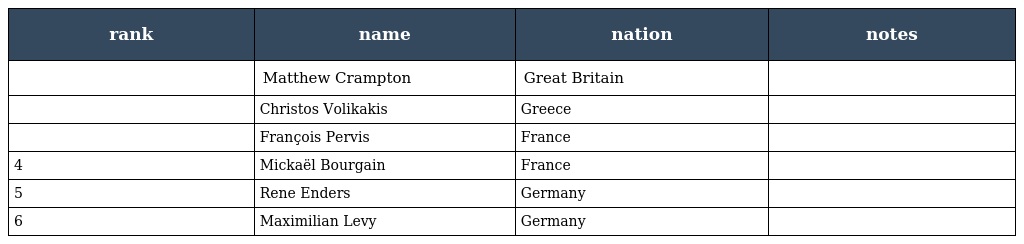
| rank | name | nation | notes |
 | --- | --- | --- | --- |
 |  | Matthew Crampton | Great Britain |  |
 |  | Christos Volikakis | Greece |  |
 |  | François Pervis | France |  |
 | 4 | Mickaël Bourgain | France |  |
 | 5 | Rene Enders | Germany |  |
 | 6 | Maximilian Levy | Germany |  |